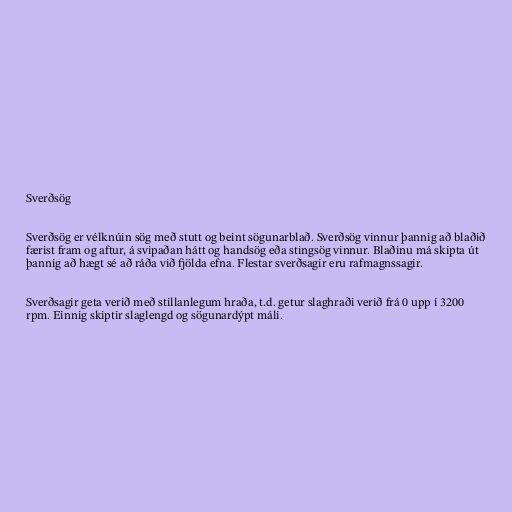
Sverðsög

Sverðsög er vélknúin sög með stutt og beint sögunarblað. Sverðsög vinnur þannig að blaðið
færist fram og aftur, á svipaðan hátt og handsög eða stingsög vinnur. Blaðinu má skipta út
þannig að hægt sé að ráða við fjölda efna. Flestar sverðsagir eru rafmagnssagir.

Sverðsagir geta verið með stillanlegum hraða, t.d. getur slaghraði verið frá 0 upp í 3200
rpm. Einnig skiptir slaglengd og sögunardýpt máli.